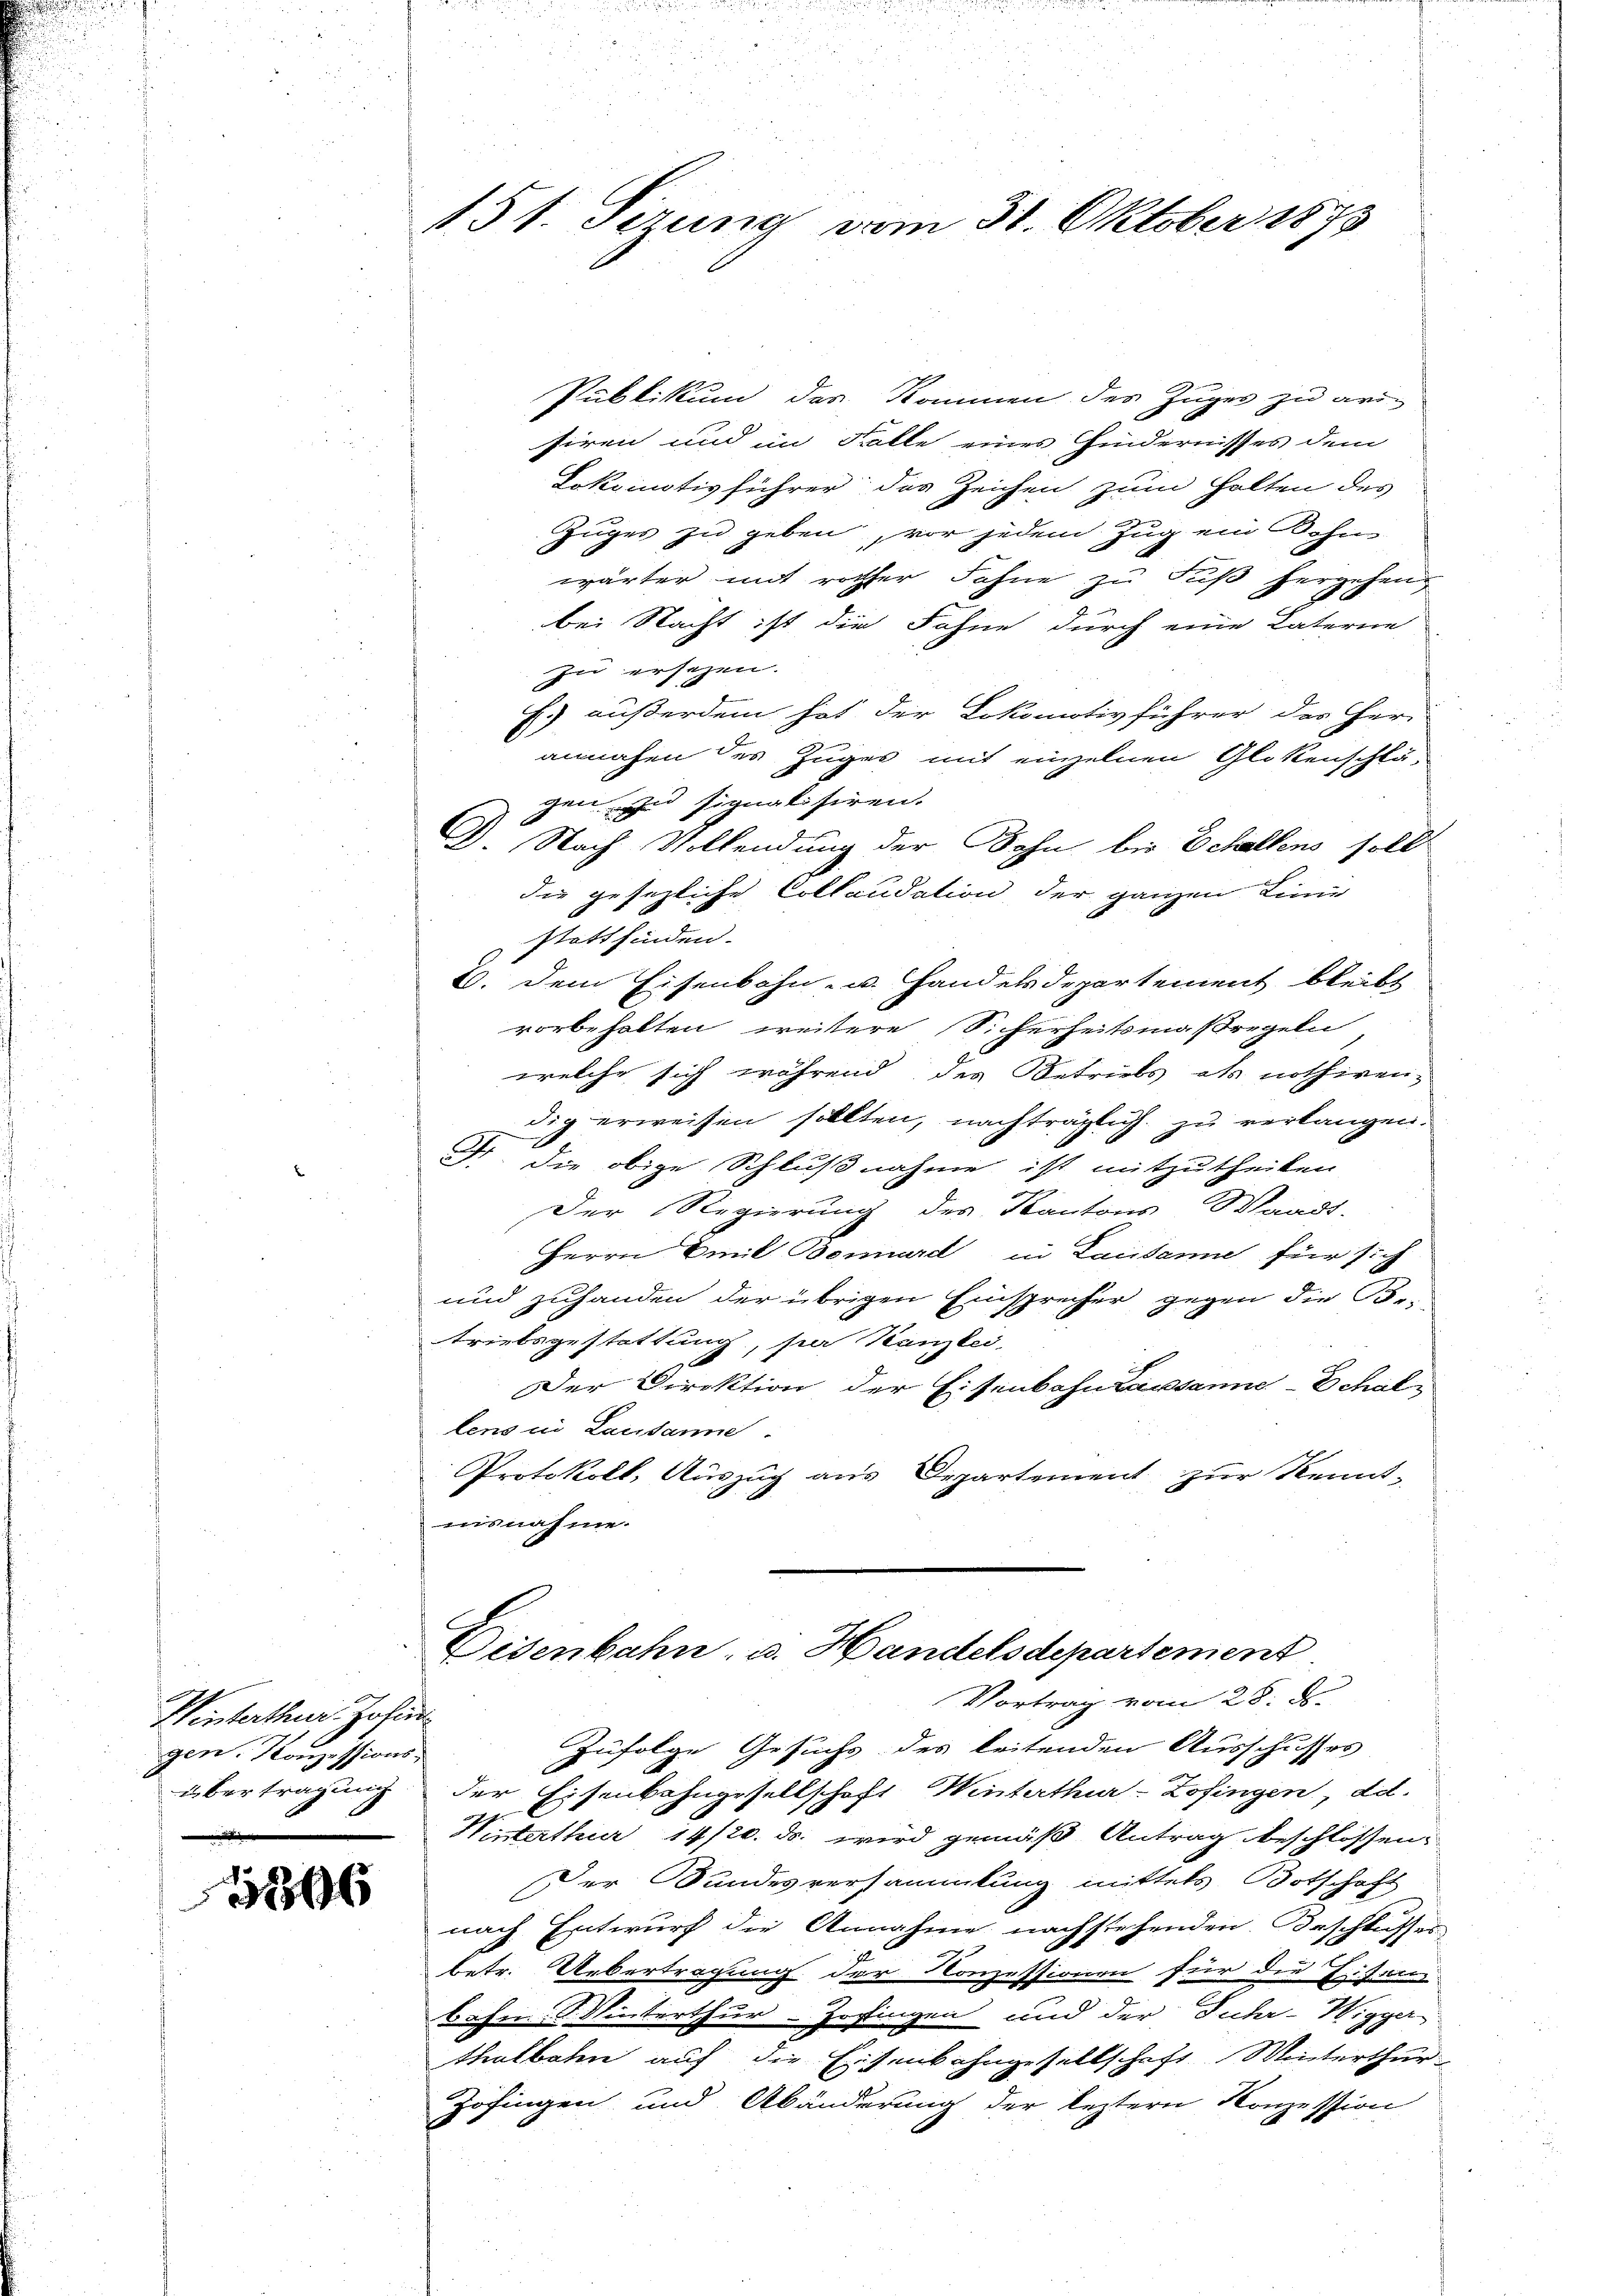
Winterthur. Josi
gen. Konzessionsübertragung
e

35

151. Sirung vom 31. Oktober 1873

gen zu signalisiren.

Publikum das Kommen des Zuges zu ari-
siren und im Falle eines Hindernisses dem
Lokomotivführer des Zeichen zum Halten des
Zuges zu geben, vor jedem Zug ein Sohn
wärter mit rother Fahne zu Fuß hergehen,

bei Nacht ist die Sohne durch eine Vaterne
zu ersehen.
f.) außerdem hat der Lokomotivführer des Her-
annahen des Zuges mit einzelnen Glokenschlä¬
D. Nach Vollendung der Sohn bis Echaltens soll
dee gesezliche Collaudation der ganzen Linier
stattfinden.
2. Dem Eisenbahn- u. Handelsdepartement bleibt
vorbehalten weitere Sicherheitsmaßregeln
welche sich während des Betriebs als nothiren-
dig erweisen sollten, nachträglich zu verlangen.
Fr. die obige Schlußnahme ist mitzutheilen
Der Regierung des Kantons Waadt-
Herrn Emil Benard in Lausanne für sich
und zuhanden der übrigen Einsprecher gegen die Be-
triebsgestattung, per Kanzlei,
Der Direktion der Eisenbahntausanne-Schallens in Lausanne.
Protokoll, Auszug aus Departement zur Kennt-
misnahme.

Disenbahn, u. Handelsdepartement
Vortrag vom 28. ds.

Zufolge Gesuchs des leitenden Ausschusses
der Eisenbahngesellschaft Winterthur–Zofingen, d.
Minterthur 14/20. ds. wird gemäß Antrag beschlossen,
Der Bundesversammlung mittels Botschaft
nach Entwurf die Annahme nachstehenden Beschlusser
betr. Uebertragung der Konzessionen für die Eisen-
bahn & Winterthur–Zofingen und der Fuhr-Wigger
thalbahn auf die Eisenbahngesellschaft Winterthur
Zofingen und Abänderung der leztern Konzession